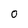
Character: O